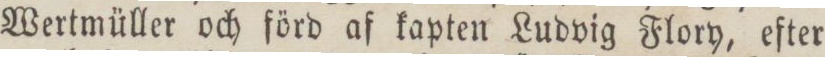
Wertmüller och förd af kapten Ludvig Flory, efter